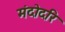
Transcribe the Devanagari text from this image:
मंदोदरि